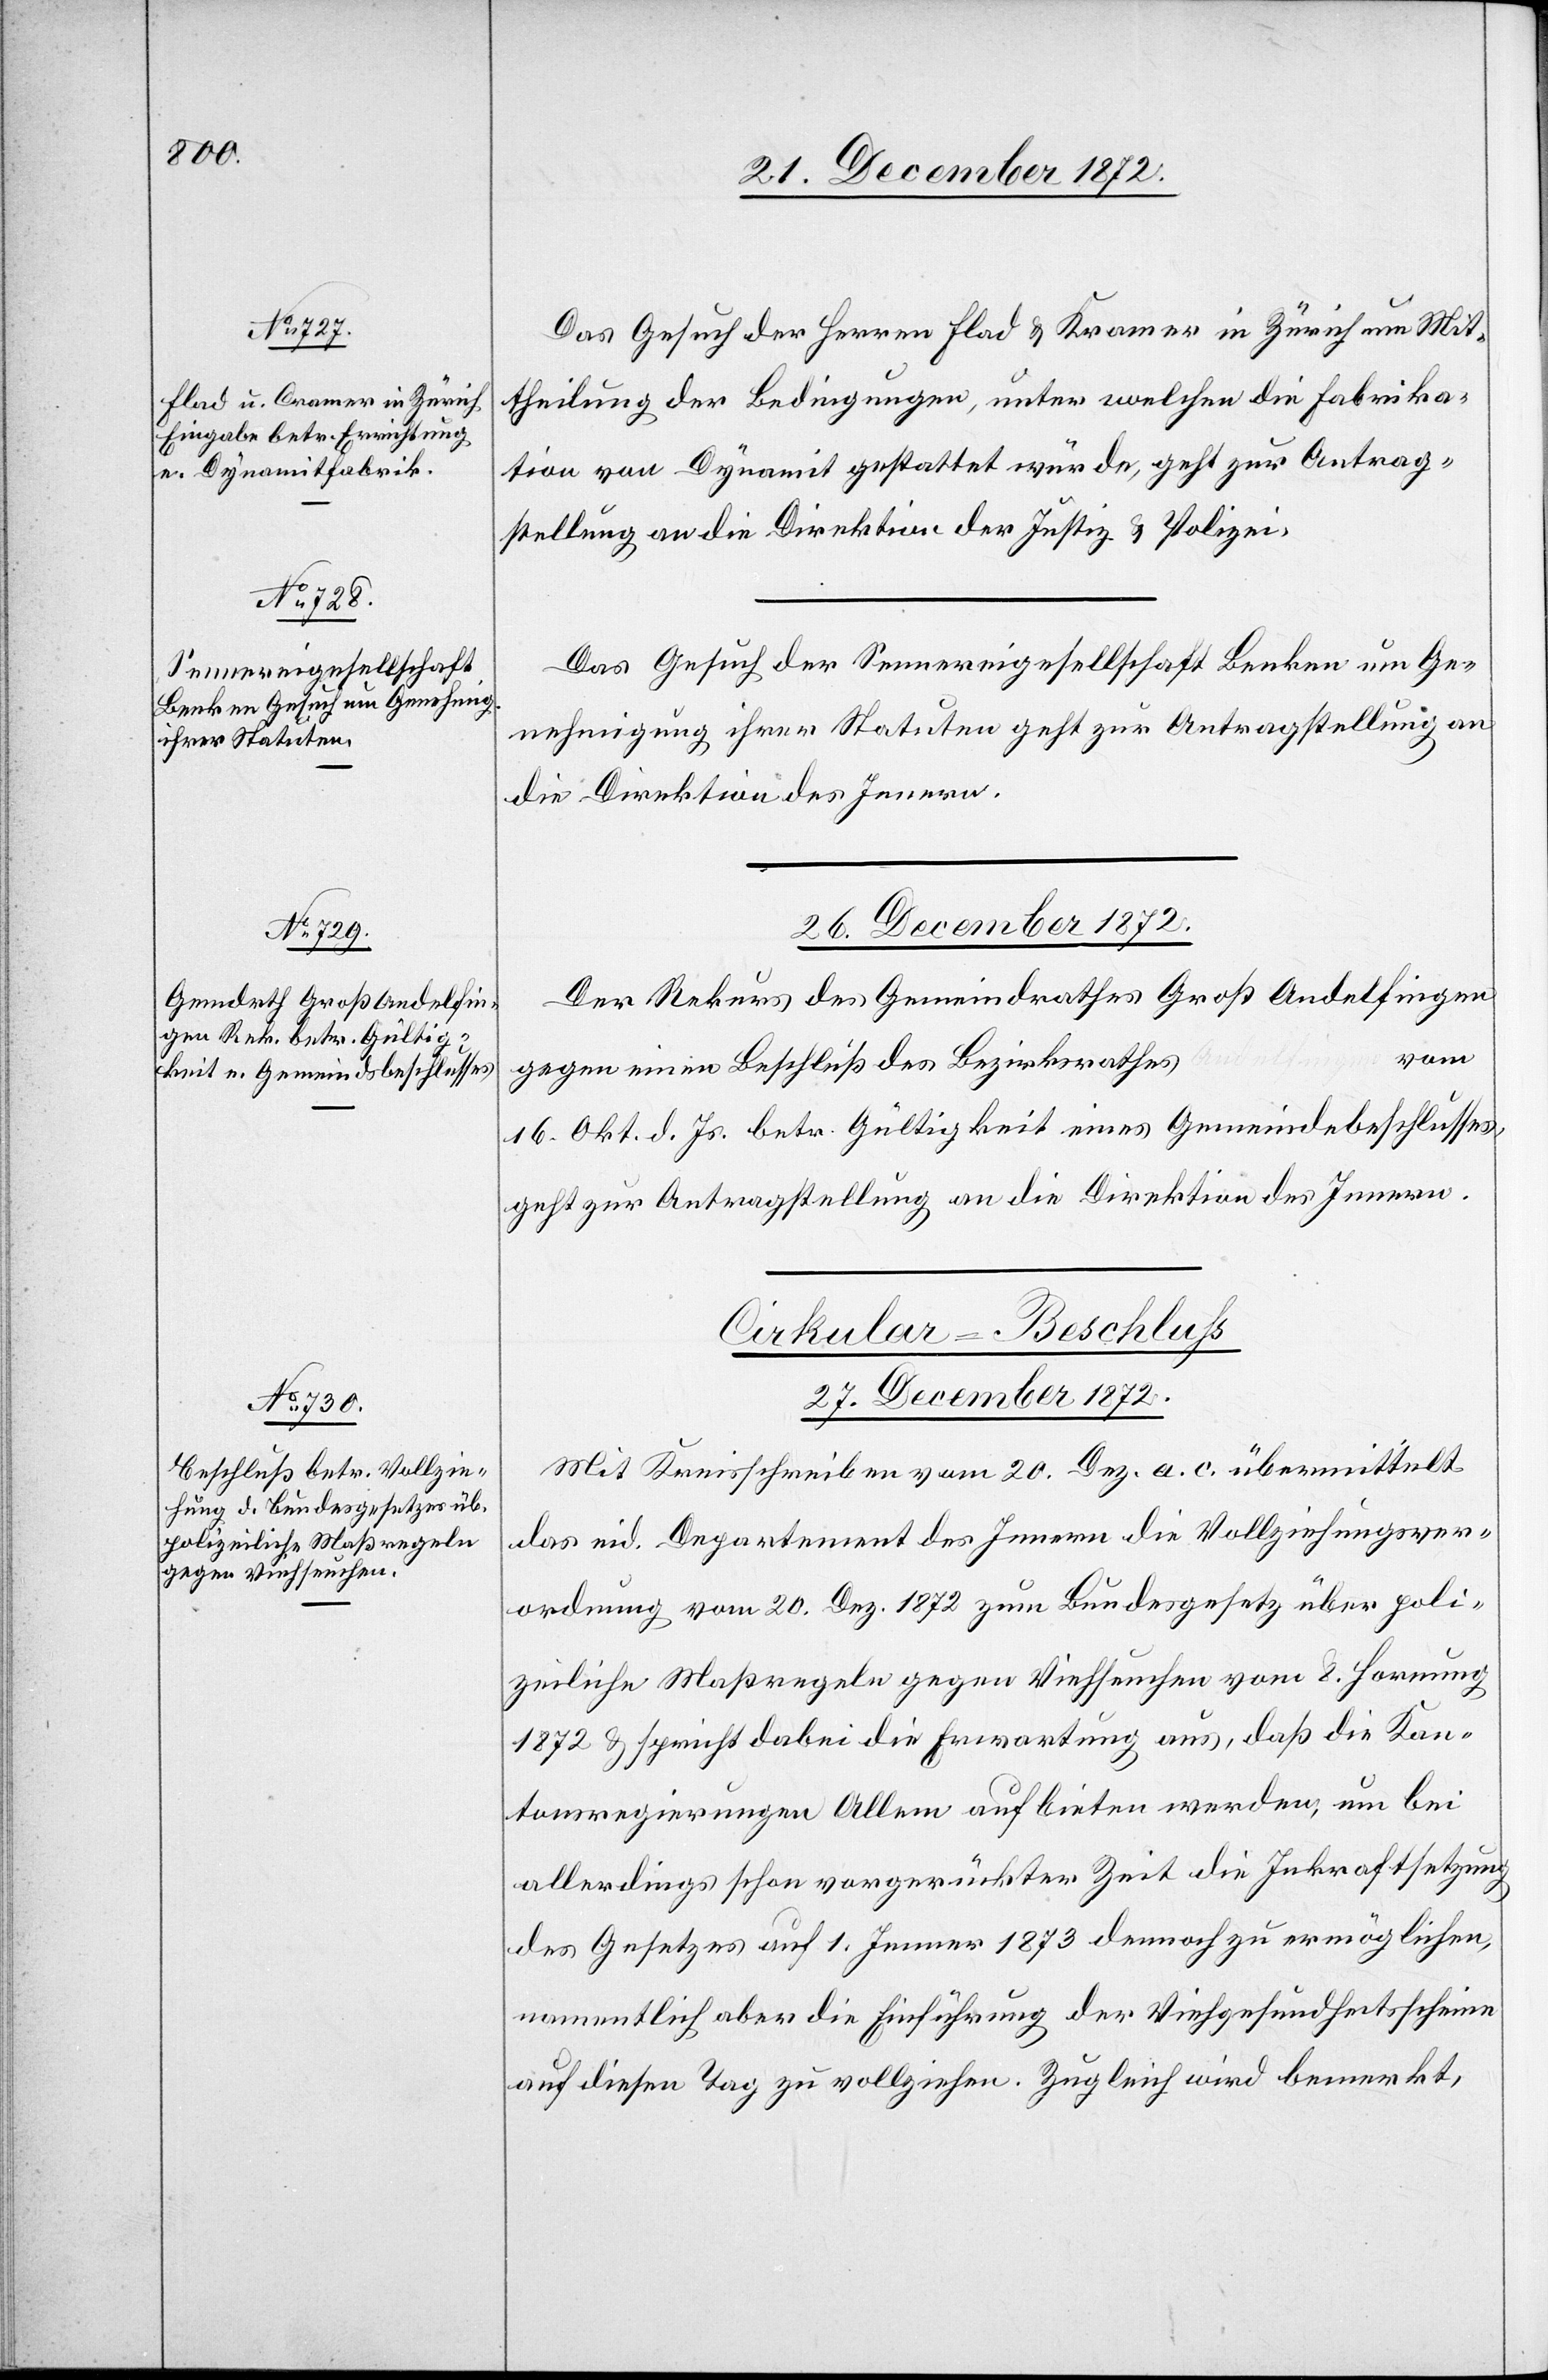
24. December 1872.]
Das Gesuch der Herren Flad u. Kramer in Zürich um Mit¬
theilung der Bedingungen, unter welchen die Fabrika¬
tion von Dynamit gestattet wurde, geht zur Antrag¬
stellung an die Direktion der Justiz u. Polizei.
Das Gesuch der Sennereigesellschaft Benken um Ge¬
nehmigung ihrer Statuten geht zur Antragstellung an
die Direktion des Innern.
26. December 1872.
Der Rekurs des Gemeindrathes Groß[-]Andelfingen
vom
gegen einen Beschluß des Bezirksrathes
16. Okt. d. Js. betr. Gültigkeit eines Gemeindebeschlusses,
geht zur Antragstellung an die Direktion des Innern.
Cirkular-Beschluss
27. December 1872.
Mit Kreisschreiben vom 20. Dez. a. c. übermittelt
das eid. Departement des Innern die Vollziehungsver¬
ordnung vom 20. Dez. 1872 zum Bundesgesetz über poli¬
zeiliche Maßregeln gegen Viehseuchen vom 8. Hornung
1872 u. spricht dabei die Erwartung aus, daß die Kan¬
tonsregierungen Allem aufbieten werden, um bei
allerdings schon vorgerückter Zeit die Inkraftsetzung
des Gesetzes auf 1. Jenner 1873 dennoch zu ermöglichen,
namentlich aber die Einführung der Viehgesundheitsscheine
auf diesen Tag zu vollziehen. Zugleich wird bemerkt,